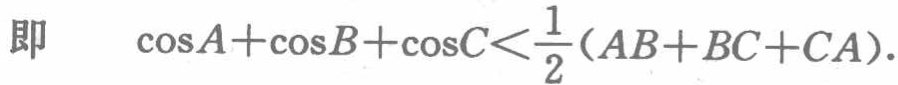
即 \(\cos A+\cos B+\cos C<\frac{1}{2}(AB + BC + CA)\)